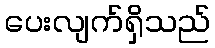
ပေးလျက်ရှိသည်